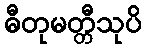
ဓီတုမတ္တီသုပိ